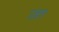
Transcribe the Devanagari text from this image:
उड़त